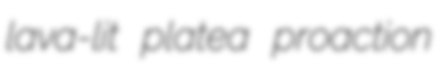
lava-lit platea proaction